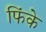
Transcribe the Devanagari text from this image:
फिंके